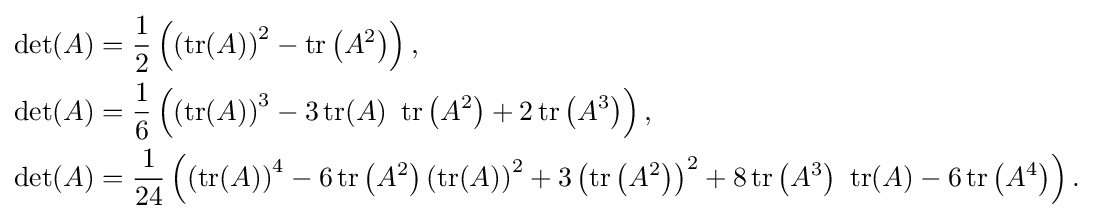
{\begin{aligned}\det(A)&={\frac {1}{2}}\left(\left(\operatorname {tr} (A)\right)^{2}-\operatorname {tr} \left(A^{2}\right)\right),\\\det(A)&={\frac {1}{6}}\left(\left(\operatorname {tr} (A)\right)^{3}-3\operatorname {tr} (A)~\operatorname {tr} \left(A^{2}\right)+2\operatorname {tr} \left(A^{3}\right)\right),\\\det(A)&={\frac {1}{24}}\left(\left(\operatorname {tr} (A)\right)^{4}-6\operatorname {tr} \left(A^{2}\right)\left(\operatorname {tr} (A)\right)^{2}+3\left(\operatorname {tr} \left(A^{2}\right)\right)^{2}+8\operatorname {tr} \left(A^{3}\right)~\operatorname {tr} (A)-6\operatorname {tr} \left(A^{4}\right)\right).\end{aligned}}